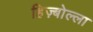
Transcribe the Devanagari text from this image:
हिज़्बोल्ला